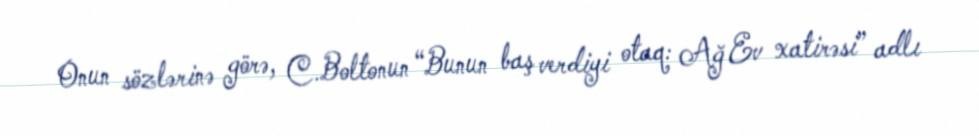
Onun sözlərinə görə, C.Boltonun “Bunun baş verdiyi otaq: Ağ Ev xatirəsi” adlı